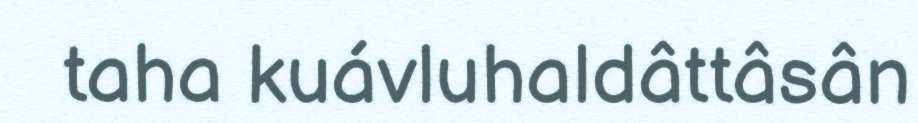
taha kuávluhaldâttâsân